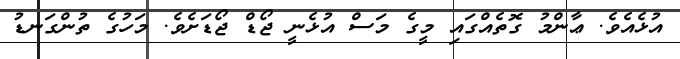
އުޅެއެވެ. ޢާންމު ގޮތެއްގައި މީގެ މަސް އުޅެނީ ޖޯޑް ޖޯޑަށެވެ. މަހުގެ ތުންގަނޑު